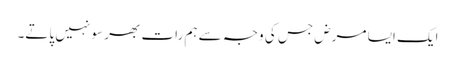
ایک ایسا مرض جس کی وجہ سے ہم رات بھر سو نہیں پاتے۔